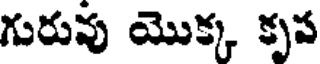
గురువు యొక్క కృప